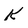
Character: k